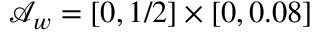
\mathcal { A } _ { w } = [ 0 , 1 / 2 ] \times [ 0 , 0 . 0 8 ]